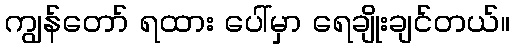
ကျွန်တော် ရထား ပေါ်မှာ ရေချိုးချင်တယ်။